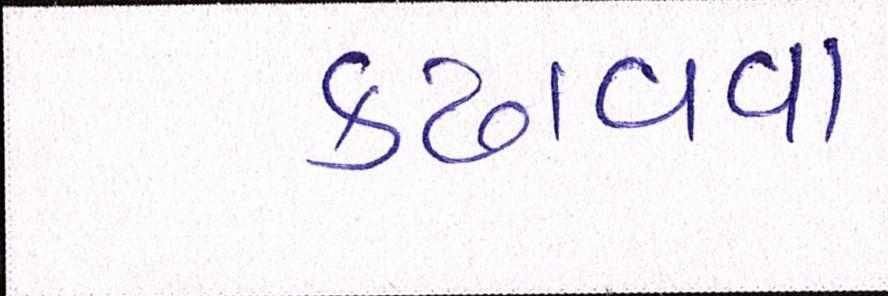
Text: કઢાવવા